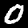
Digit: 0